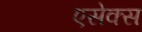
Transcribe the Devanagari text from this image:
एसेक्‍स